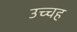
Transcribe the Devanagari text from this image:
उच्चह